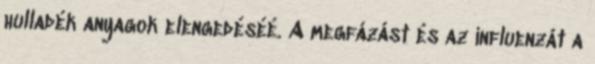
hulladék anyagok elengedéséé. A megfázást és az influenzát a